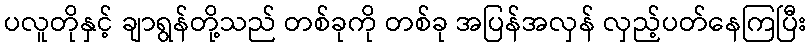
ပလူတိုနှင့် ချာရွန်တို့သည် တစ်ခုကို တစ်ခု အပြန်အလှန် လှည့်ပတ်နေကြပြီး